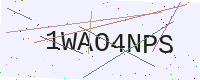
Text: 1WAO4NPS